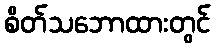
စိတ်သဘောထားတွင်